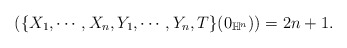
\begin{align*} \begin{aligned} (\{X_1,\cdots,X_n,Y_1,\cdots,Y_n,T\}(0_{\mathbb{H}^n}))=2n+1. \end{aligned}\end{align*}